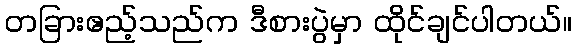
တခြားဧည့်သည်က ဒီစားပွဲမှာ ထိုင်ချင်ပါတယ်။